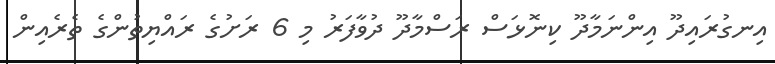
އިނގުރައިދޫ އިންނަމާދޫ ކިނޮޅަސް ރަސްމާދޫ ދުވާފަރު މި 6 ރަށުގެ ރައްޔިތުންގެ ތެރެއިން